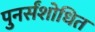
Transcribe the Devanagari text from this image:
पुनर्संशोधित